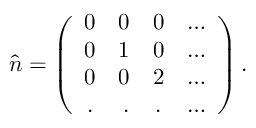
\hat { n } = \left( \begin{array} { c r c l } { { 0 } } & { { 0 } } & { { 0 } } & { { \ldots } } \\ { { 0 } } & { { 1 } } & { { 0 } } & { { \ldots } } \\ { { 0 } } & { { 0 } } & { { 2 } } & { { \ldots } } \\ { { . } } & { { . } } & { { . } } & { { \ldots } } \end{array} \right) .